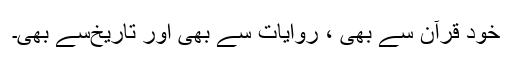
خود قرآن سے بھی ، روایات سے بھی اور تاریخ‌سے بھی۔